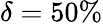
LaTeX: \delta=50\%